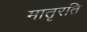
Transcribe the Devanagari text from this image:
मातृरति